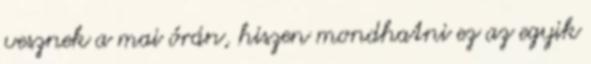
vesznek a mai órán, hiszen mondhatni ez az egyik